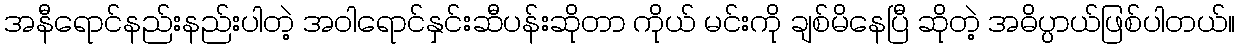
အနီရောင်နည်းနည်းပါတဲ့ အဝါရောင်နှင်းဆီပန်းဆိုတာ ကိုယ် မင်းကို ချစ်မိနေပြီ ဆိုတဲ့ အဓိပ္ပာယ်ဖြစ်ပါတယ်။